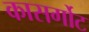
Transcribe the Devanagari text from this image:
कासर्गोट